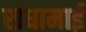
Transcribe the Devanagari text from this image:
राधामाई